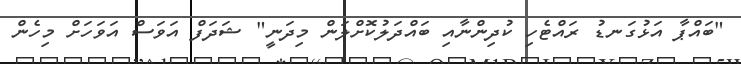
"ބައްޕާ އަޅުގަނޑު ރައްޓެހި ކުދިންނާއި ބައްދަލުކޮށްލަން މިދަނީ" ޝަދަފް އަވަސް އަވަހަށް މިހެން